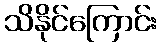
သိနိုင်ကြောင်း